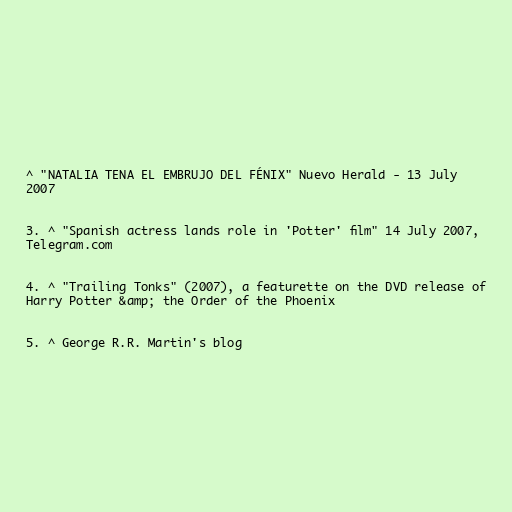
^ "NATALIA TENA EL EMBRUJO DEL FÉNIX" Nuevo Herald - 13 July
2007

3. ^ "Spanish actress lands role in 'Potter' film" 14 July 2007,
Telegram.com

4. ^ "Trailing Tonks" (2007), a featurette on the DVD release of
Harry Potter &amp; the Order of the Phoenix

5. ^ George R.R. Martin's blog